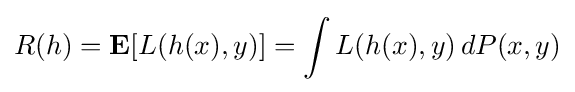
R(h)=\mathbf {E} [L(h(x),y)]=\int L(h(x),y)\,dP(x,y)